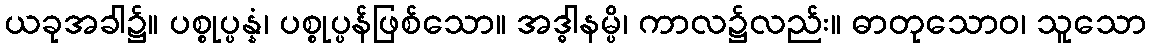
ယခုအခါ၌။ ပစ္စုပ္ပန္နံ၊ ပစ္စုပ္ပန်ဖြစ်သော။ အဒ္ဓါနမ္ပိ၊ ကာလ၌လည်း။ ဓာတုသောဝ၊ သူသော